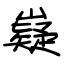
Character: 嶷